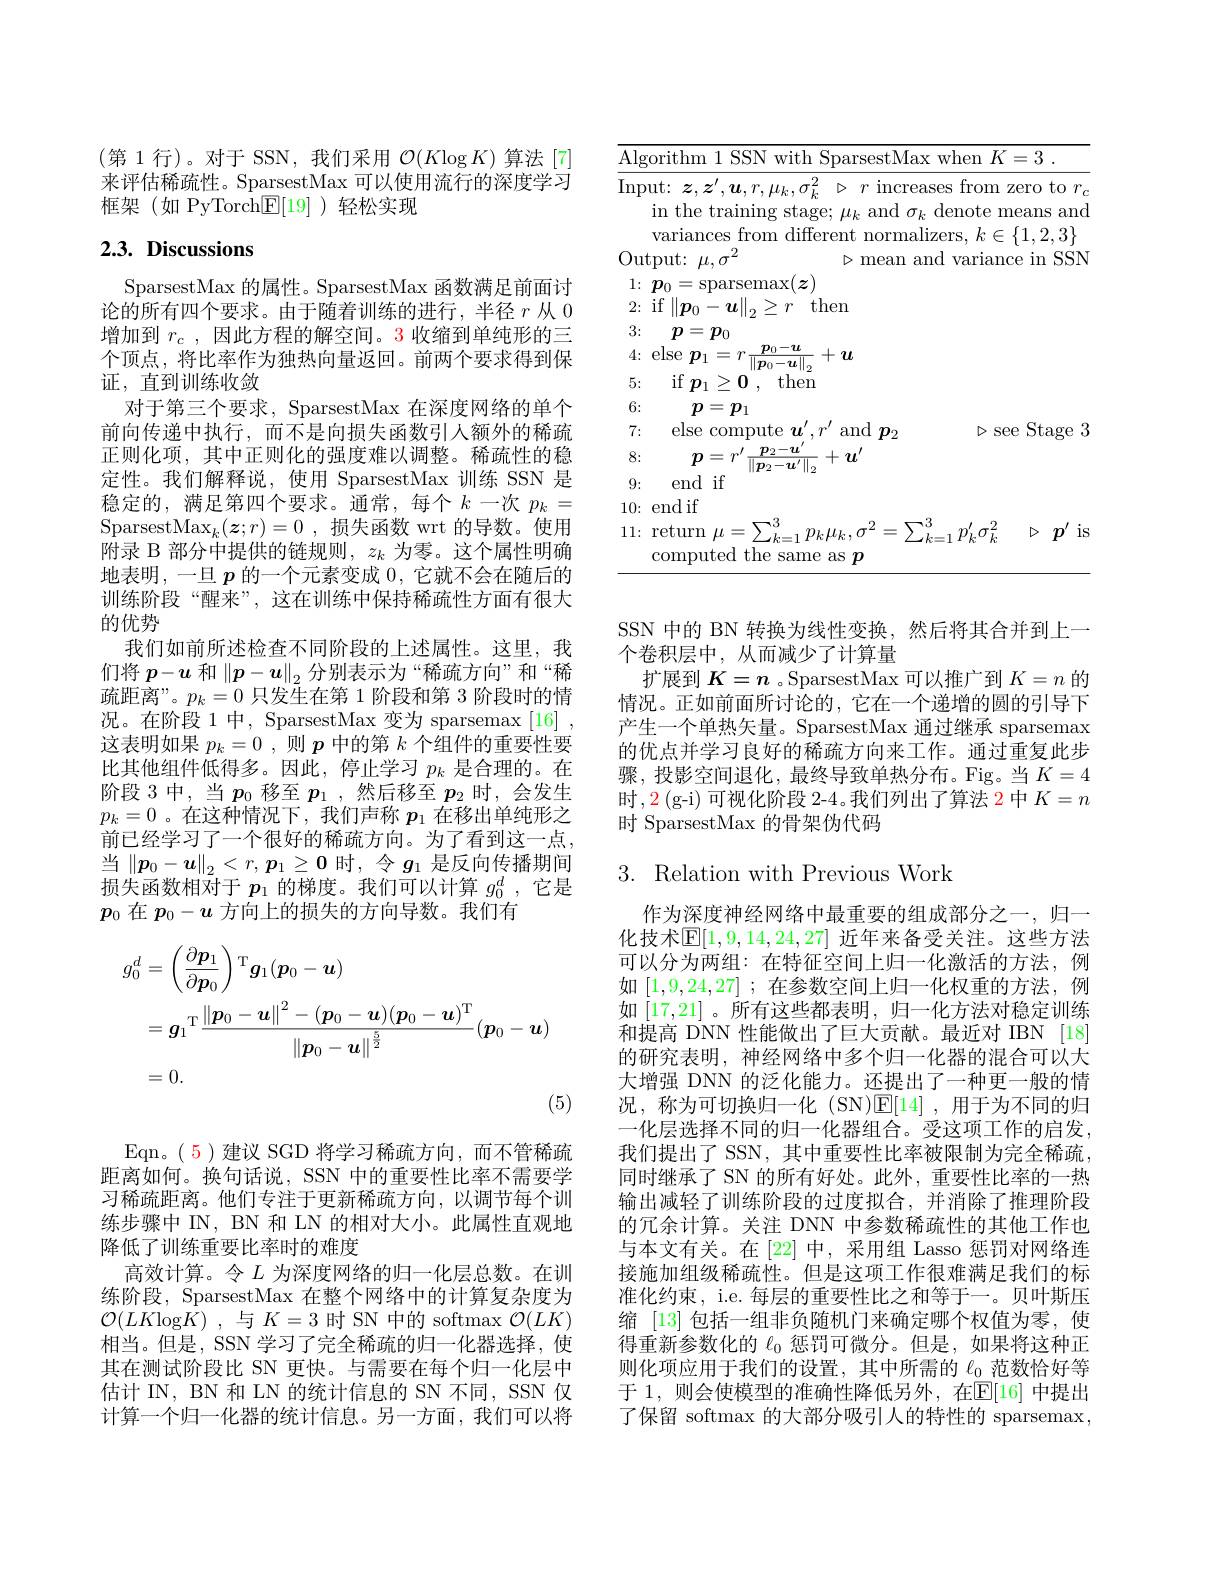
(第 1 行)。对于 SSN, 我们采用 $\mathcal{O}(K\log K)$ 算法[7] 来评估稀疏性。SparsestMax 可以使用流行的深度学习框架(如 PyTorch$\mathbb{E}[19]$)轻松实现

# 2.3. Discussions

SparsestMax 的属性。SparsestMax 函数满足前面讨论的所有四个要求。由于随着训练的进行，半径$r$从 0增加到$r_c$,因此方程的解空间。3 收缩到单纯形的三个顶点，将比率作为独热向量返回。前两个要求得到保证，直到训练收敛
对于第三个要求，SparsestMax 在深度网络的单个前向传递中执行，而不是向损失函数引人额外的稀疏正则化项，其中正则化的强度难以调整。稀疏性的稳定性。我们解释说，使用 SparsestMax 训练 SSN 是稳定的，满足第四个要求。通常，每个$k$ 一次 $p_k=$ Sparsest$\mathrm{Max}_k(\boldsymbol{z};r)=0$,损失函数 wrt 的导数。使用附录 B 部分中提供的链规则，$z_k$为零。这个属性明确地表明，一旦$p$的一个元素变成0，它就不会在随后的训练阶段“醒来”,这在训练中保持稀疏性方面有很大的优势
我们如前所述检查不同阶段的上述属性。这里，我们将$p-u$和$\left \| p- \boldsymbol{u}\right \| _2$ 分 别 表 示 为 “ 稀 疏 方 向 ” 和 “ 稀 疏距离”。$p_k=0$只发生在第 1阶段和第 3 阶段时的情况。在阶段 1 中，SparsestMax 变为 sparsemax [16] , 这表明如果$p_k=0$,则$p$中的第$k$个组件的重要性要比其他组件低得多。因此，停止学习$p_k$是合理的。在阶段 3 中，当$p_0$移至$p_1$ ,然后移至$p_2$时，会发生$p_k=0$。在这种情况下，我们声称$p_1$在移出单纯形之前已经学习了一个很好的稀疏方向。为了看到这一点， 当$\left\|\boldsymbol{p}_0-\boldsymbol{u}\right\|_2<r,\boldsymbol{p}_1\geq\boldsymbol{0}$时，令$g_1$是反向传播期间损失函数相对于$p_1$的梯度。我们可以计算$g_0^d$,它是$p_0$在$p_0-u$方向上的损失的方向导数。我们有
$$\begin{aligned}g_{0}^{d}&=\left(\frac{\partial\boldsymbol{p}_1}{\partial\boldsymbol{p}_0}\right)^\mathrm{T}\boldsymbol{g}_1(\boldsymbol{p}_0-\boldsymbol{u})\\&=\boldsymbol{g}_1^\mathrm{T}\frac{\|\boldsymbol{p}_0-\boldsymbol{u}\|^2-(\boldsymbol{p}_0-\boldsymbol{u})(\boldsymbol{p}_0-\boldsymbol{u})^\mathrm{T}}{\|\boldsymbol{p}_0-\boldsymbol{u}\|^\frac52}(\boldsymbol{p}_0-\boldsymbol{u})\\&=0.\end{aligned}$$
Eqn。( 5)建议 SGD 将学习稀疏方向，而不管稀疏距离如何。换句话说，SSN 中的重要性比率不需要学习稀疏距离。他们专注于更新稀疏方向，以调节每个训练步骤中 IN, BN 和 LN 的相对大小。此属性直观地降低了训练重要比率时的难度
高效计算。令$L$为深度网络的归一化层总数。在训练阶段，SparsestMax 在整个网络中的计算复杂度为$\mathcal{O}(LK$log$K)$ ,与$K=3$时 SN 中的 softmax $\mathcal{O}(LK)$ 相当。但是，SSN 学习了完全稀疏的归一化器选择，使其在测试阶段比 SN 更快。与需要在每个归一化层中估计 IN, BN 和 LN 的统计信息的 SN 不同，SSN 仅计算一个归一化器的统计信息。另一方面，我们可以将

<table>
	<tbody>
		<tr>
			<td>$\overline{\mathrm{Alg}}$</td>
			<td>SSN $\" ithm$ witr wher 3</td>
		</tr>
		<tr>
			<td>9: 10: 11:</td>
			<td>end it nd if eturn $\mu=\sum_{k=1}^{3}p_{k}\mu_{k},\sigma^{2}=\sum_{k=1}^{3}p_{k}^{\prime}\sigma_{k}^{2}$ $\daleth3$ $\triangleright p^{\prime}$i omputed the same as $p$</td>
		</tr>
	</tbody>
</table>

SSN 中的 BN 转换为线性变换，然后将其合并到上一
个卷积层中，从而减少了计算量
扩展到$K=n$ 。SparsestMax 可以推广到$K=n$的情况。正如前面所讨论的，它在一个递增的圆的引导下产生一个单热矢量。SparsestMax 通过继承 sparsemax 的优点并学习良好的稀疏方向来工作。通过重复此步骤，投影空间退化，最终导致单热分布。Fig。当$K=4$ 时，2 (g-i) 可视化阶段 2-4。我们列出了算法 2 中$K=n$ 时 SparsestMax 的骨架伪代码

## $3.{\mathrm{~Relation~with~Previous~Work}}$

作为深度神经网络中最重要的组成部分之一，归一化技术$\mathbb{E}[1,9,14,24,27]$ 近年来备受关注。这些方法可以分为两组：在特征空间上归一化激活的方法，例如[1,9,24,27] ;在参数空间上归一化权重的方法，例如[17,21] 。所有这些都表明，归一化方法对稳定训练和提高 DNN 性能做出了巨大贡献。最近对 IBN [18] 的研究表明，神经网络中多个归一化器的混合可以大大增强 DNN 的泛化能力。还提出了一种更一般的情况，称为可切换归一化 (SN)$\mathbb{E}[14]$,用于为不同的归一化层选择不同的归一化器组合。受这项工作的启发， 我们提出了 SSN, 其中重要性比率被限制为完全稀疏， 同时继承了 SN 的所有好处。此外，重要性比率的一热输出减轻了训练阶段的过度拟合，并消除了推理阶段的冗余计算。关注 DNN 中参数稀疏性的其他工作也与本文有关。在[22] 中，采用组 Lasso 惩罚对网络连接施加组级稀疏性。但是这项工作很难满足我们的标准化约束，i.e. 每层的重要性比之和等于一。贝叶斯压缩 [13]包括一组非负随机门来确定哪个权值为零，使得重新参数化的$\ell_{0}$惩罚可微分。但是，如果将这种正则化项应用于我们的设置，其中所需的$\ell_0$范数恰好等于 1,则会使模型的准确性降低另外，在$\overline{\mathbb{E}}[16]$ 中提出了保留 softmax 的大部分吸引人的特性的 sparsemax,